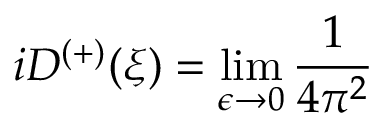
i D ^ { \left( + \right) } ( \xi ) = \operatorname * { l i m } _ { \epsilon \rightarrow 0 } \frac { 1 } { 4 \pi ^ { 2 } }